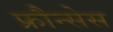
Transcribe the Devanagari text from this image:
फ्रौन्सेस